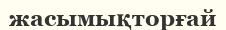
жасымықторғай